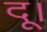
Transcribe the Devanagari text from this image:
दू।